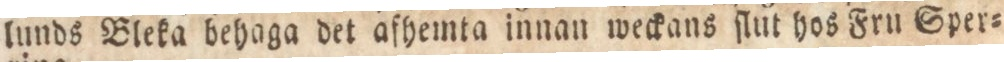
lunds Bleka behaga det afhemta innan weckans ſlut hos Fru Sper=